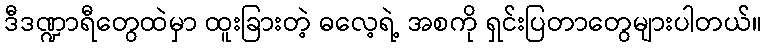
ဒီဒဏ္ဍာရီတွေထဲမှာ ထူးခြားတဲ့ ဓလေ့ရဲ့ အစကို ရှင်းပြတာတွေများပါတယ်။